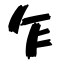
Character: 乍